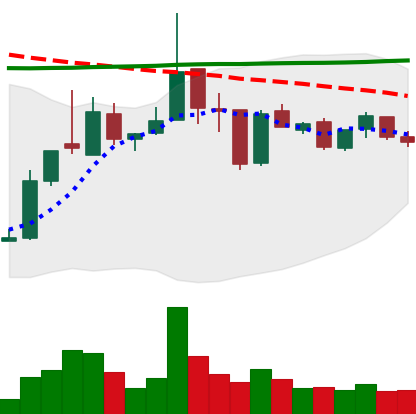
Ticker: XRP-USD
Chart end date: 2019-01-04
Forward return: 3.964%
Label: up_3_5